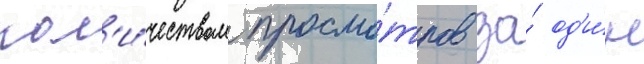
кол'и́чеством просмо́тров за́ од'и́н